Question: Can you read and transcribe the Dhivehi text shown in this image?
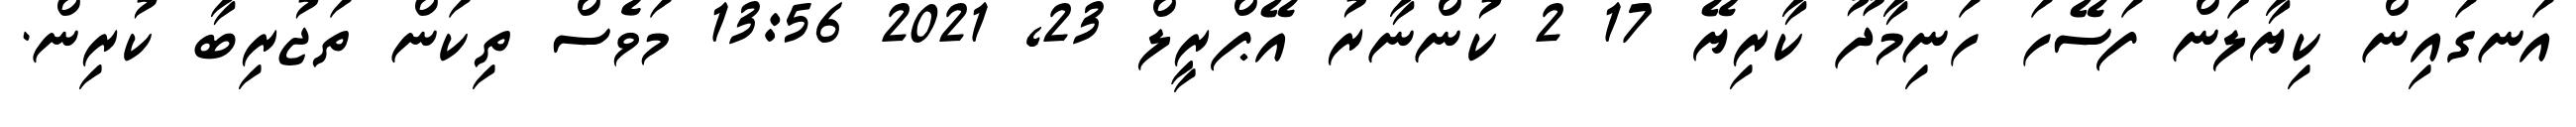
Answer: އަނގައިން ކިޔާލަން ފަސޭހަ ހަނިމާދޫ ކާރިޔޭ 17 2 ކުންނާރު އޭޕްރީލް 23, 2021 13:56 މަވެސް ތިކަން ތަޖުރިބާ ކުރިން.